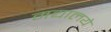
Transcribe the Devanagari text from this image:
मद्यालये